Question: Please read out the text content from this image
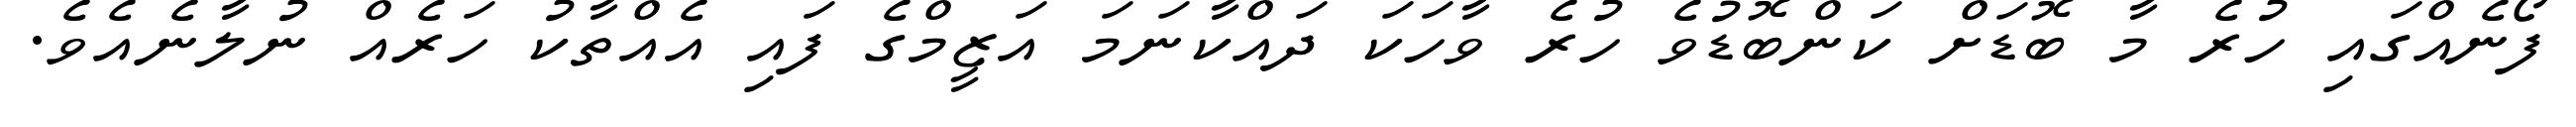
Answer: ފޯނެއްގައި ހުރެ މާ ބޮޑަށް ކަންބޮޑުވެ ހުރެ ވާހަކަ ދައްކާނަމަ އަޒީމްގެ ފައި އެއްތާކު ހަރެއް ނުލާނެއެވެ.